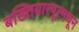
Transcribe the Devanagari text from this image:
बख्तियारपूरमधून